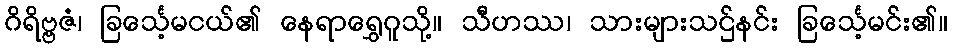
ဂိရိဗ္ဗဇံ၊ ခြင်္သေ့မငယ်၏ နေရာရွှေဂူသို့။ သီဟဿ၊ သားများသဌ်နင်း ခြင်္သေ့မင်း၏။